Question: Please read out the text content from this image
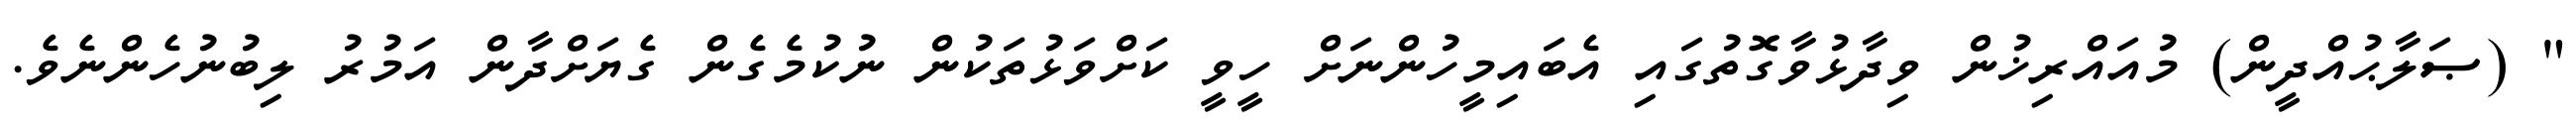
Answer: " (ޞަލާޙުއްދީން) މުއައްރިޚުން ވިދާޅުވާގޮތުގައި އެބައިމީހުންނަށް ހީވީ ކަށްވަޅުތަކުން ނުކުމެގެން ގެޔަށްދާން އަމުރު ލިބުނުހެންނެވެ.